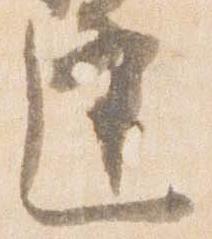
逢